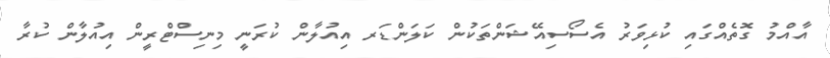
އާއްމު ގޮތެއްގައި ކުޅިވަރު އެސޯސިއޭޝަންތަކުން ކަލަންޑަރ އިއުލާން ކުރަނީ މިނިސްޓްރީން އިއުލާން ކުރާ